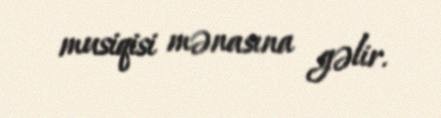
musiqisi mənasına gəlir.